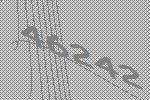
46242